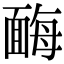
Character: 䩈